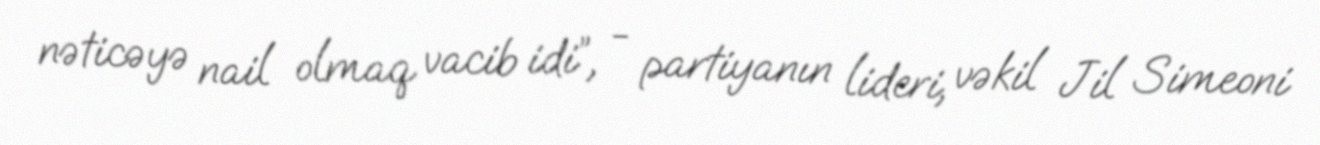
nəticəyə nail olmaq vacib idi”, - partiyanın lideri, vəkil Jil Simeoni